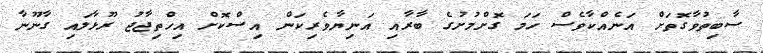
ސާބިތުވާގޮތަށް އަނެއްކާވެސް ހަމަ ގޮށްމުށުގެ ބާރާއި އަނިޔާވެރިކަން އިސްކޮށް އިހްތިޖާޖު ރޫޅާލައި ގާނޫނާ